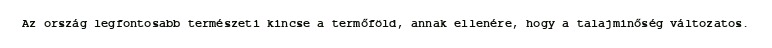
Az ország legfontosabb természeti kincse a termőföld, annak ellenére, hogy a talajminőség változatos.